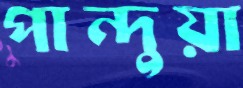
পান্দুয়া